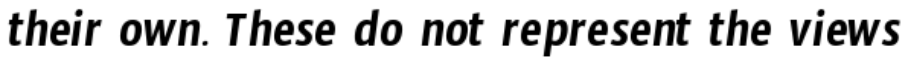
their own. These do not represent the views